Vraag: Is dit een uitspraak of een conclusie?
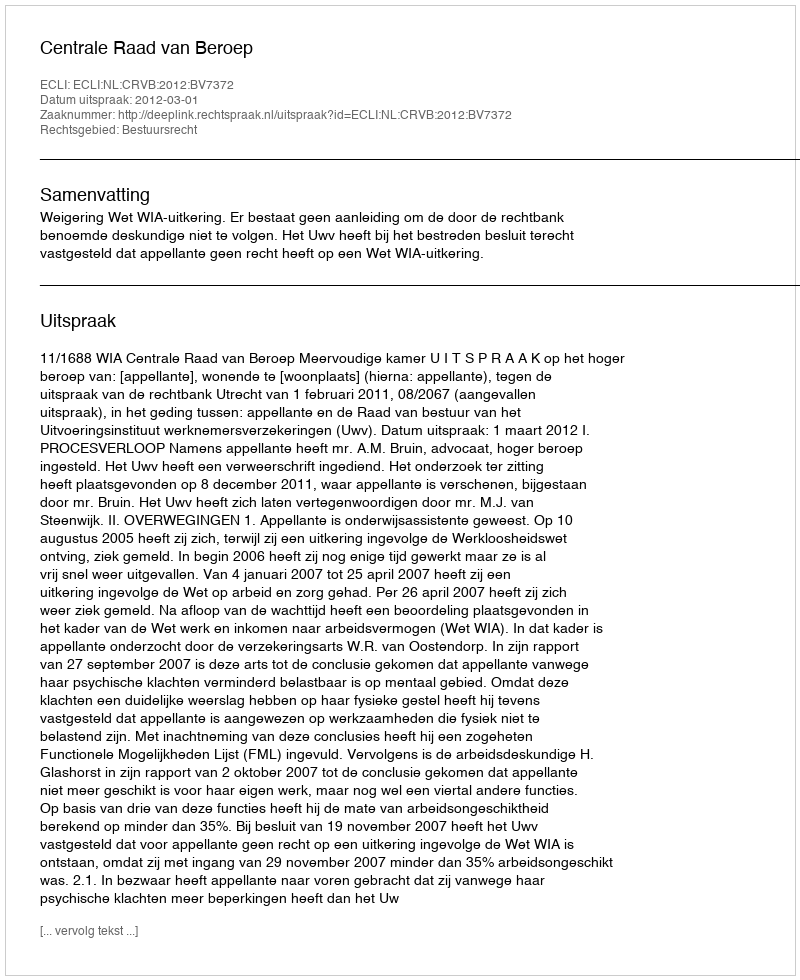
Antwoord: Uitspraak